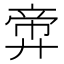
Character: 𪪶